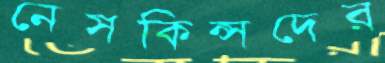
নেসকিন্সদের